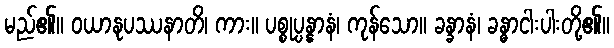
မည်၏။ ဝယာနုပဿနာတိ၊ ကား။ ပစ္စုပ္ပန္နာနံ၊ ကုန်သော။ ခန္ခာနံ၊ ခန္ဓာငါးပါးတို့၏။